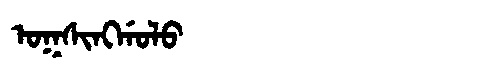
Manchu: ᠣᡴᠰᡳᠩᡤᠣᠯᠣ
Romanization: OKSINGGOLO